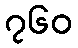
၇၆၀